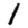
Digit: 1